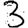
Digit: 3